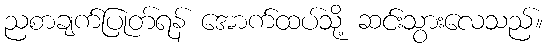
ညစာချက်ပြုတ်ရန် အောက်ထပ်သို့ ဆင်းသွားလေသည်။